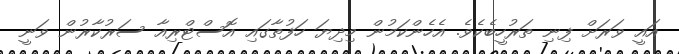
އައީ ވަރަށް ފިނި ތަރުހީބެކެވެ. އެހެންކަމުން މިދިޔަ ހަފުތާގައި އޮސްޓްރިއާ ސަރުކާރުން ވަނީ